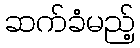
ဆက်ခံမည့်